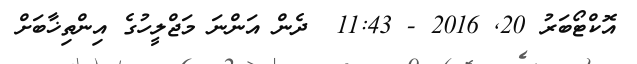
އޮކްޓޯބަރު 20